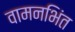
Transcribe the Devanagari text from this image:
वामनभिंत